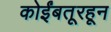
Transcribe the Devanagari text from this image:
कोईंबतूरहून